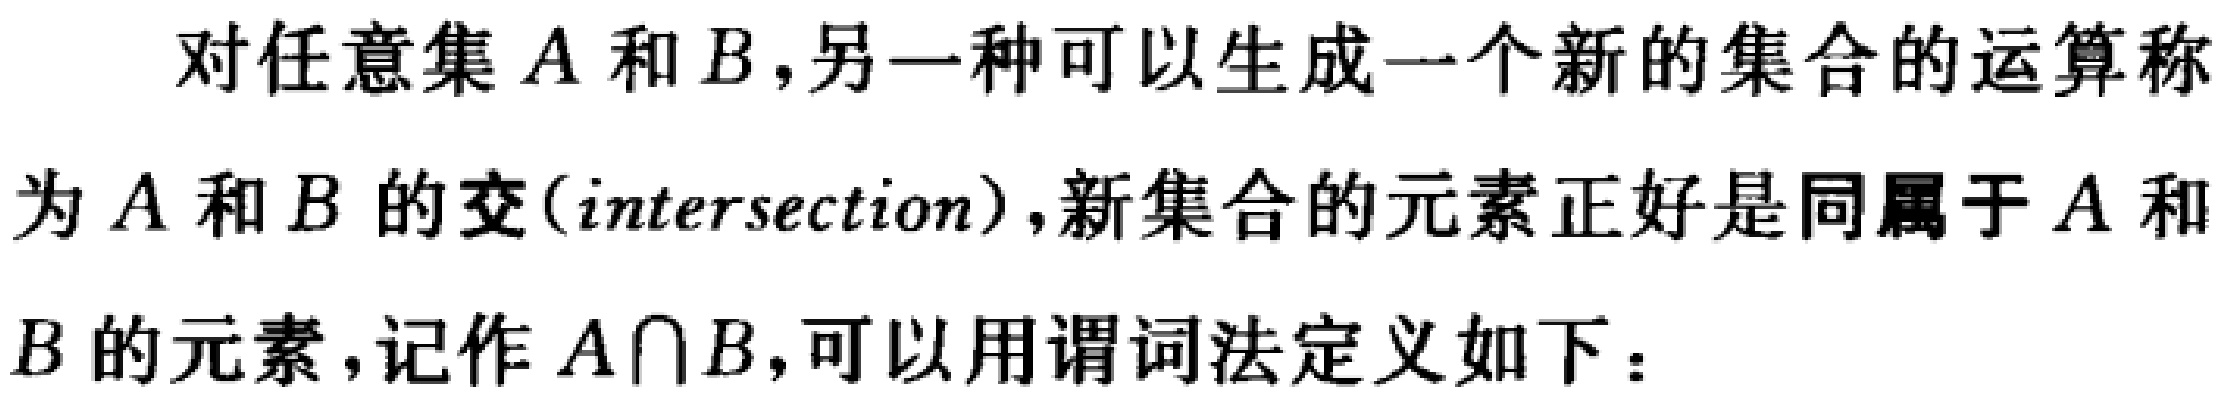
对任意集$A$和$B$，另一种可以生成一个新的集合的运算称为$A$和$B$的交(intersection)，新集合的元素正好是同属于$A$和$B$的元素，记作$A\cap B$，可以用谓词法定义如下：